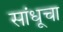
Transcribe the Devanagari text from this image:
सांधूचा